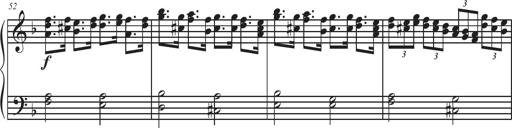
Title: Sonatina Espania
Composer: Jerald Franklin Archer
Key: Various